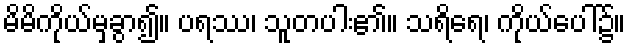
မိမိကိုယ်မှခွာ၍။ ပရဿ၊ သူတပါး၏။ သရိရေ၊ ကိုယ်ပေါ်၌။